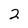
Character: 2